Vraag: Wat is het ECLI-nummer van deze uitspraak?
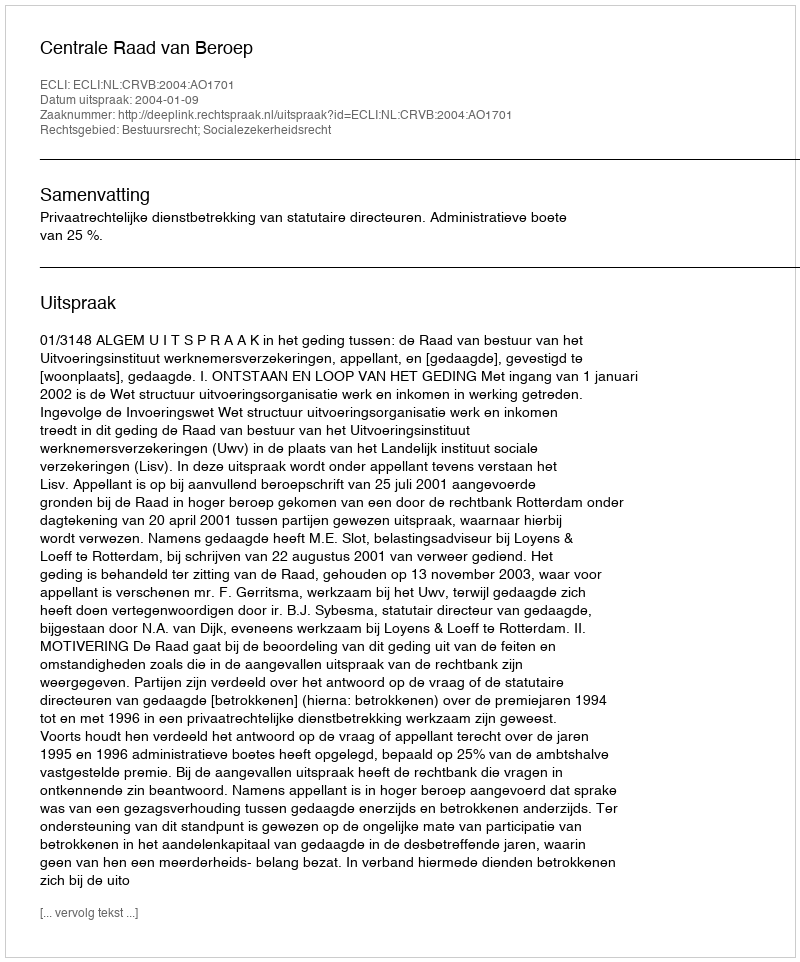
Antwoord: ECLI:NL:CRVB:2004:AO1701